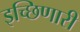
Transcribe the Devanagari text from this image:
इच्छिणारी